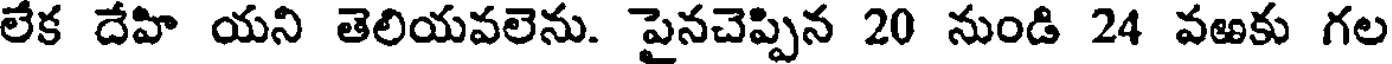
లేక దేహి యని తెలియవలెను. పైనచెప్పిన 20 నుండి 24 వఱకు గల